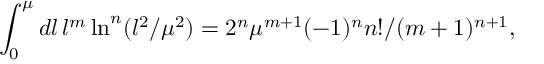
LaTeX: \int _ { 0 } ^ { \mu } d l \, l ^ { m } \ln ^ { n } ( l ^ { 2 } / \mu ^ { 2 } ) = 2 ^ { n } \mu ^ { m + 1 } ( - 1 ) ^ { n } n ! / ( m + 1 ) ^ { n + 1 } ,